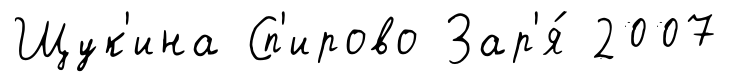
Щук'ина Сп'ирово Зар'я́ 2007